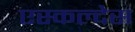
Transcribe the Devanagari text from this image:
एस्कल्देस